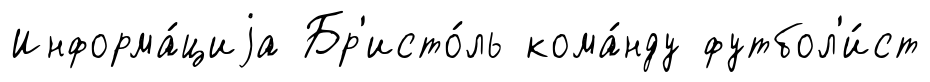
Информа́циjа Бр'исто́ль кома́нду футбол'и́ст